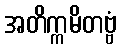
အတိက္ကမိတဗ္ဗံ